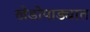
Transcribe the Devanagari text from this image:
खेडोपाड्यात